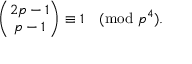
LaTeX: { \binom { 2 p - 1 } { p - 1 } } \equiv 1 { \pmod { p ^ { 4 } } } .